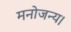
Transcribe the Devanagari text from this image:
मनोजन्य।